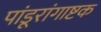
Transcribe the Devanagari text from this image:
पांडूरांगाष्टक